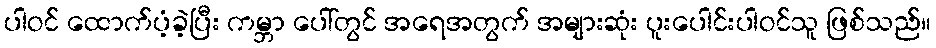
ပါဝင် ထောက်ပံ့ခဲ့ပြီး ကမ္ဘာ ပေါ်တွင် အရေအတွက် အများဆုံး ပူးပေါင်းပါဝင်သူ ဖြစ်သည်။